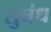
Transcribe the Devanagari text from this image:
सुघंध